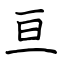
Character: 亘